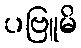
ပဗြူမိ